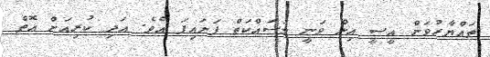
ތައްޔާރުވަން އީސީ އިން ވަނީ މަސައްކަތް ފަށައިފަ އެވެ. އަދި ކުރިއަށް އޮތް